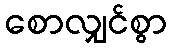
စောလျှင်စွာ